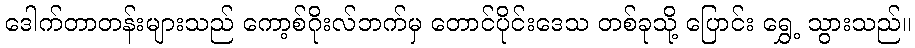
ဒေါက်တာတန်းများသည် ကော့စ်ဂိုးလ်ဘက်မှ တောင်ပိုင်းဒေသ တစ်ခုသို့ ပြောင်း ရွှေ့ သွားသည်။